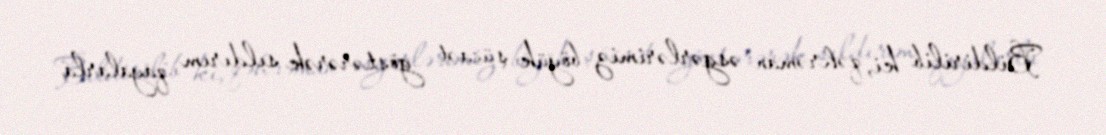
Bildirilib ki, qəhrəman əsgərlərimiz böyük şücaət göstərərək sıldırım qayalarla